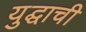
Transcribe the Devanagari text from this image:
युद्घाची